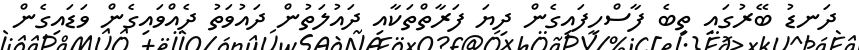
ދަނޑު ބޭރުގައި ތިބެ ފާސްހިފައިގެން ދިޔަ ފަރާތްތަކާއި ދައުލަތުން ދައުވަތު ދެއްވައިގެން ވަޑައިގެން